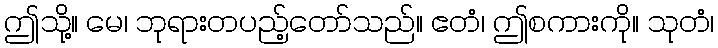
ဤသို့။ မေ၊ ဘုရားတပည့်တော်သည်။ ဧတံ၊ ဤစကားကို။ သုတံ၊